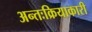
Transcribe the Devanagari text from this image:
अन्तःक्रियाकारी